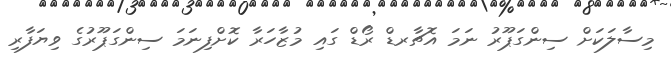
މިސާލަކަށް ސިންގަޕޫރު ނަމަ އޮޗާރޑް ރޯޑް ގައި މުޒާހަރާ ކޮށްފިނަމަ ސިންގަޕޫރުގެ ވިޔަފާރި